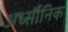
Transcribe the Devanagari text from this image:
अर्ध्सौनिक